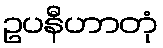
ဥပနီဟာတုံ